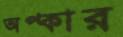
অপ্কার